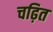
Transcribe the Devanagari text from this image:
चढ़ित